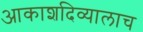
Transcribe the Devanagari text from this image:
आकाशदिव्यालाच